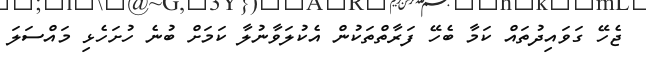
ޖެހޭ ގަވައިދުތައް ކަމާ ބެހޭ ފަރާތްތަކުން އެކުލަވާނުލާ ކަމަށް ބުނެ ހުށަހެޅި މައްސަލަ